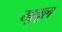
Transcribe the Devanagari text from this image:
खुबूल